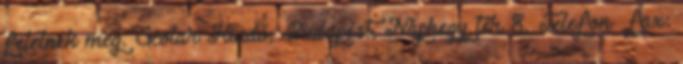
felelnek meg. Scolar Kiadó, Budapest, Naphegy tér 8. Telefon fax: